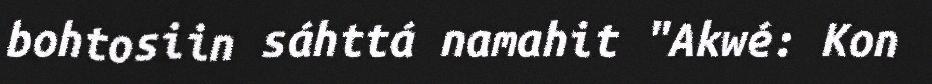
bohtosiin sáhttá namahit "Akwé: Kon